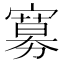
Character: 𡫌